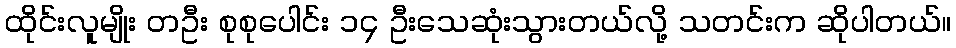
ထိုင်းလူမျိုး တဦး စုစုပေါင်း ၁၄ ဦးသေဆုံးသွားတယ်လို့ သတင်းက ဆိုပါတယ်။